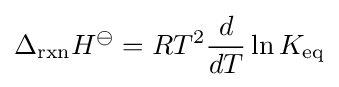
\Delta _{\text{rxn}}H^{\ominus }={RT^{2}}{\frac {d}{dT}}\ln K_{\mathrm {eq} }